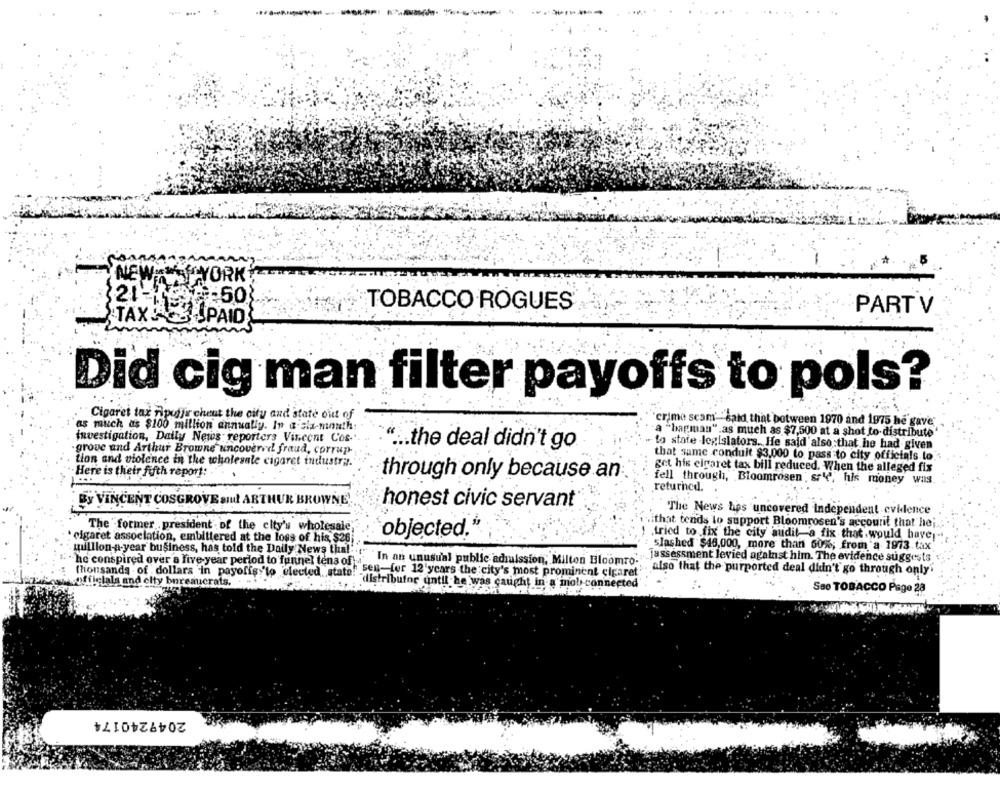
2.LAAFYORK
NEWS
=50}
TOBACCO ROGUES
PART V
TAXA
3SPAID
Did cig man filter payoffs to pols?
Cigaret tax nipuffe cheut the city and state out of
as much as $100 million annually. In a six-month:
crime scam' "said that between 1970 and 1975 he gave
a "bagman" as much as $7,500 at a shot to distribute
investigation, Daily News reporters Vincent Cos-
grove and Arthur Browne uncovered fraud, corrup-
" .. the deal didn't go
to state -legislators. He said'also that he had given
that same conduit $3,000 to pass to city officials lo
tion and violence in the wholesale cigaret industri.
get his cigaret tax bill reduced. When the alleged fix
Here is their fifth report:
through only because an
fell through, Bloomrosen , sr'', his money was
returned.
BY VINCENT COSGROVE and ARTHUR BROWNE'
honest civic servant"
The News hes uncovered Independent evidence
The former president of the city's wholesale
... that tends to support Bloomrosen's account that hei
: cigaret association, embittered at the loss of his, $26
objected."
tried to fix the city audit-a fix that would have
slashed $46,000, more than 60%%; from a 1973 tax
million a year business, has told the Daily News thal. . "
"he conspired over a five year period to funnel tens of a'
In an unusual public admission; Milton Bloomto.
Jassessment levied against him. The evidence suggests
(honsands - of dollars in payoffs 'to elected, stats! sen-fer 12 years the city's most prominent cigaret"
;. also that the purported deal didn't go through only'
officials and elty bureaucrats.
"distributor until he was caught in a mob connected
Sso TOBACCO Page 28
2049240174